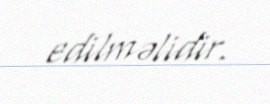
edilməlidir.